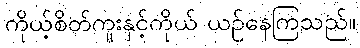
ကိုယ့်စိတ်ကူးနှင့်ကိုယ် ယဉ်နေကြသည်။